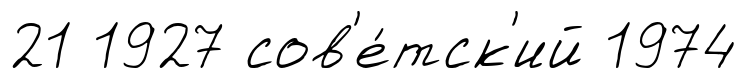
21 1927 сов'е́тск'ий 1974